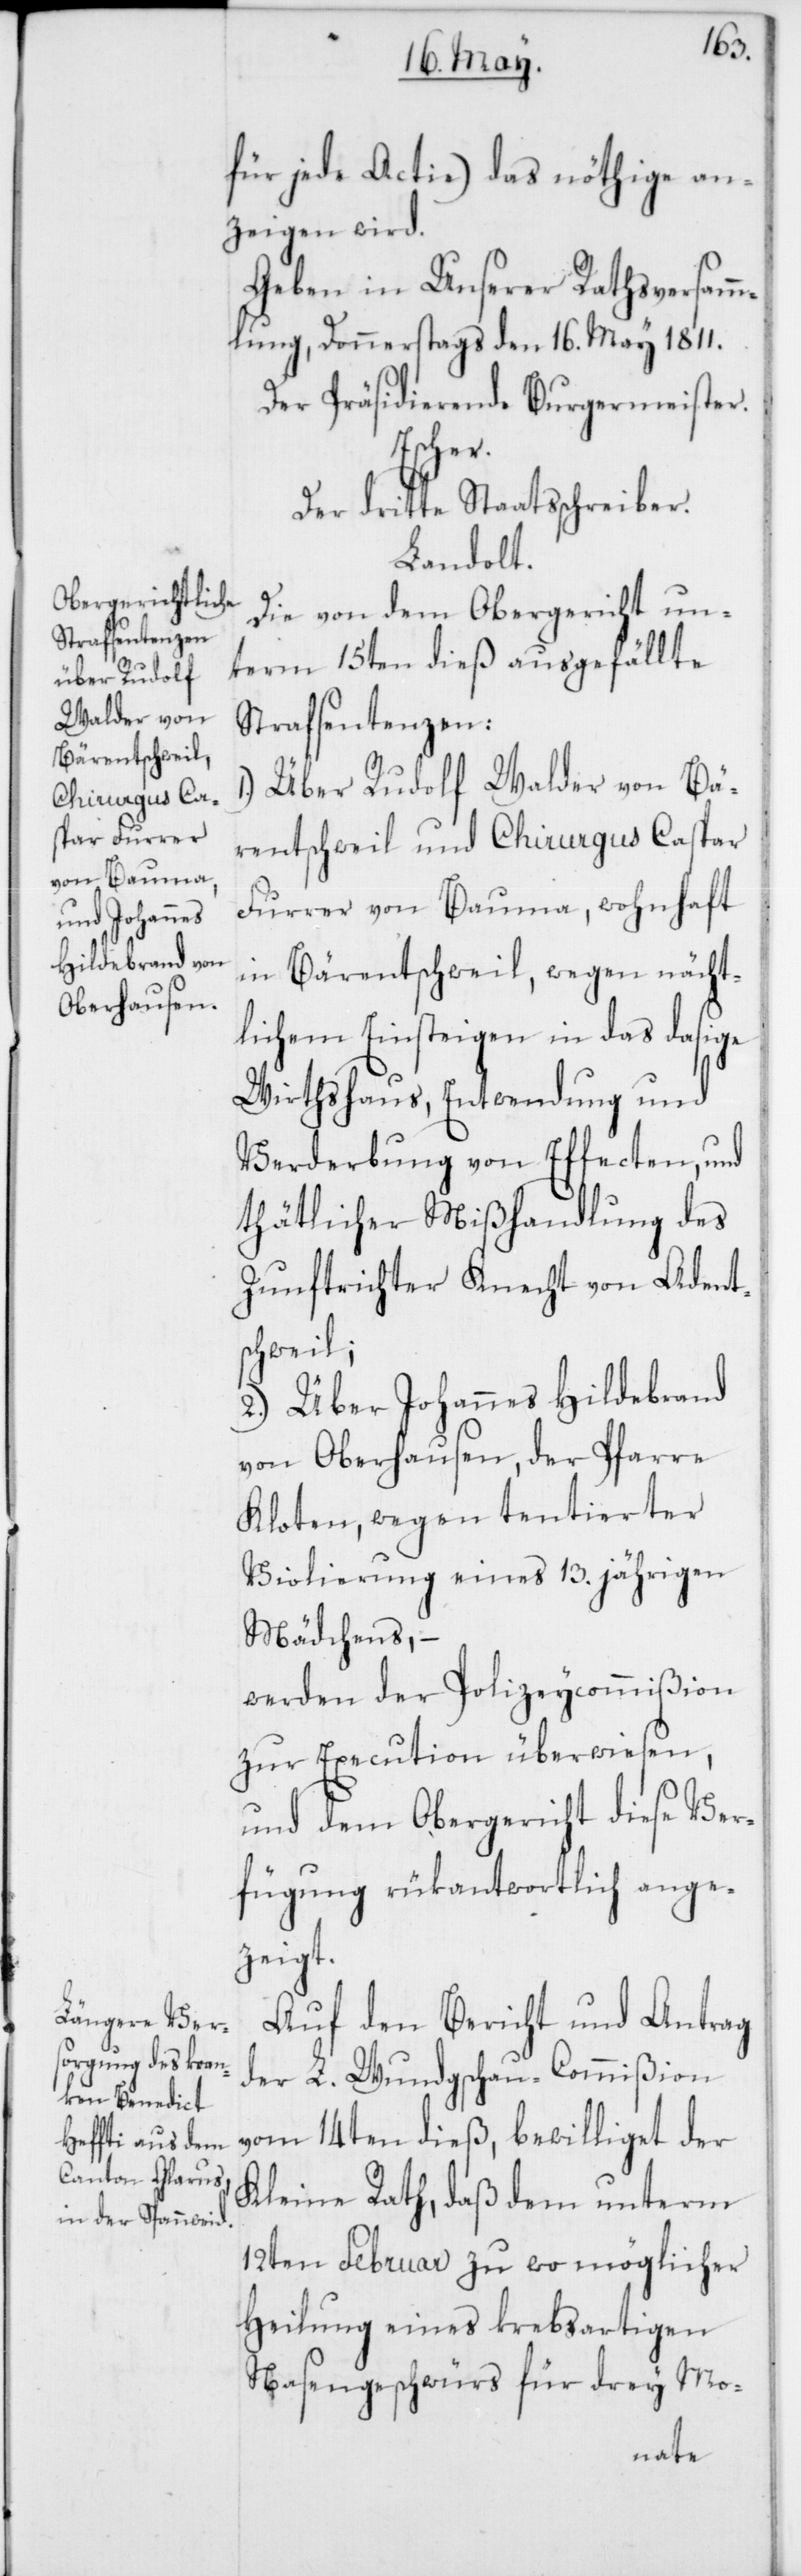
für jede Actie) das nöthige an¬
zeigen wird.
Geben in Unserer Rathsversamm¬
lung, Donnerstag den 16. May 1811.
Der Präsidierende Burgermeister.
Escher.
Der dritte Staatsschreiber.
Landolt.
Die von dem Obergericht un¬
term 15ten dieß ausgefällte
Strafsentenzen:
1.) Über Rudolf Walder von Bä¬
rentschweil und Chirurgus Caspar
Furrer von Bauma, wohnhaft
in Bärentschweil, wegen nächt¬
lichem Einsteigen in das dasige
Wirthshaus, Entwendung und
Verderbung von Effecten, und
thätlicher Mißhandlung des
Zunftrichter Knecht von Adet¬
schweil;
2.) Über Johannes Hildebrand
von Oberhausen, der Pfarre
Kloten, wegen tentierter
Violierung eines 13. jährigen
Mädchens, –
werden der Polizeycommißion
zur Execution überwiesen,
und dem Obergericht diese Ver¬
fügung rükantwortlich ange¬
zeigt.
Auf den Bericht und Antrag
der L. Wundgschau-Commißion
vom 14ten dieß, bewilliget der
Kleine Rath, daß dem unterm
12ten Februar zu womöglicher
Heilung eines krebsartigen
Nasengeschwürs für drey Mo-